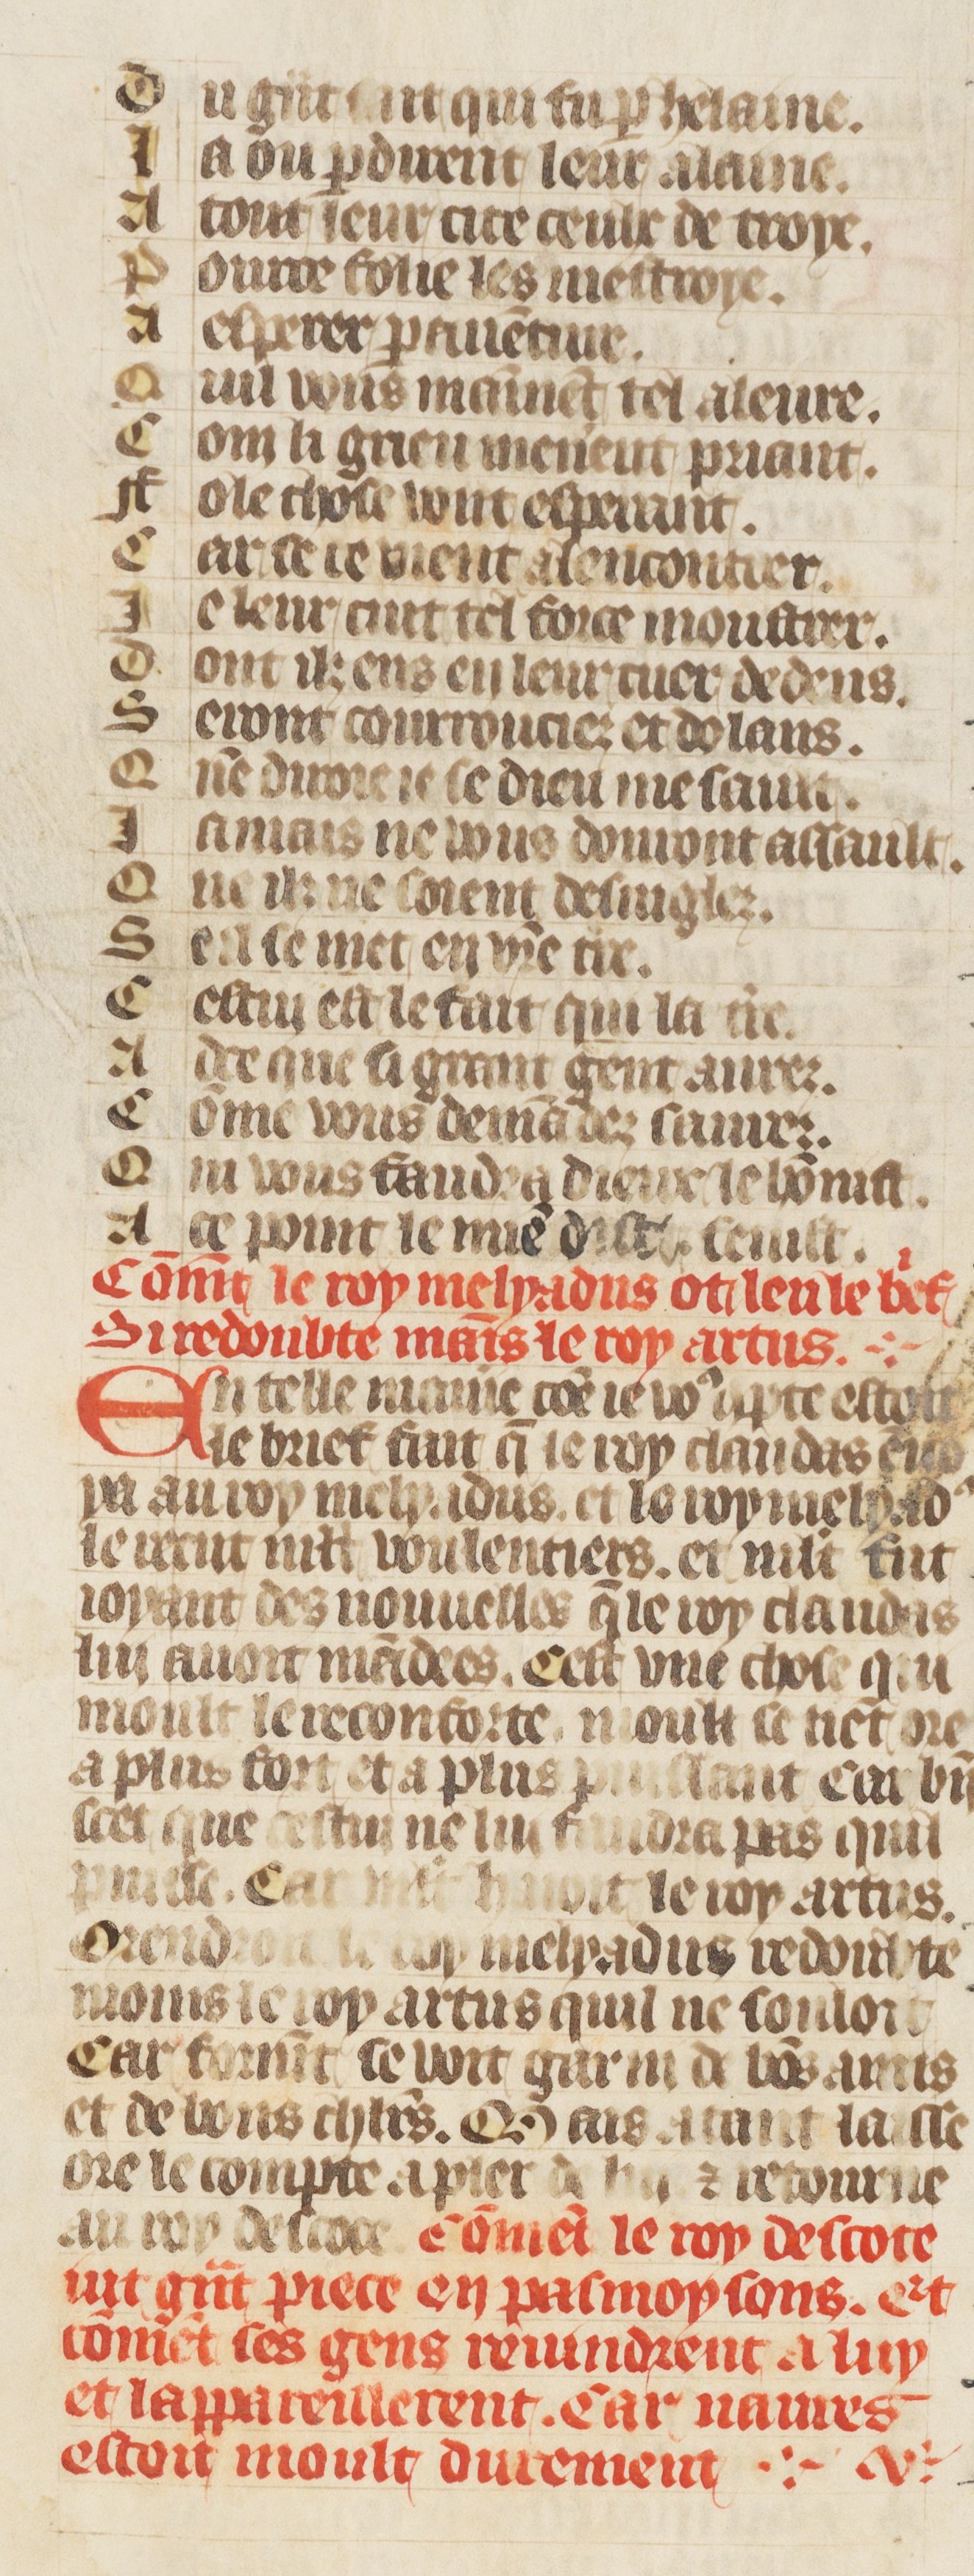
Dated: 1410–1430